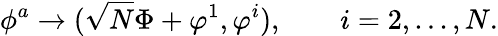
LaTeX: \phi^{a}\rightarrow(\sqrt{N}\Phi+\varphi^{1},\varphi^{i}),\qquad i=2,...,N.